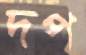
দপ